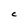
Character: C